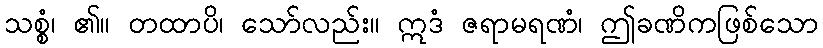
သစ္စံ၊ ၏။ တထာပိ၊ သော်လည်း။ ဣဒံ ဇရာမရဏံ၊ ဤခဏိကဖြစ်သော